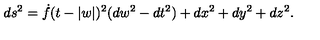
d s ^ { 2 } = \dot { f } ( t - | w | ) ^ { 2 } ( d w ^ { 2 } - d t ^ { 2 } ) + d x ^ { 2 } + d y ^ { 2 } + d z ^ { 2 } .